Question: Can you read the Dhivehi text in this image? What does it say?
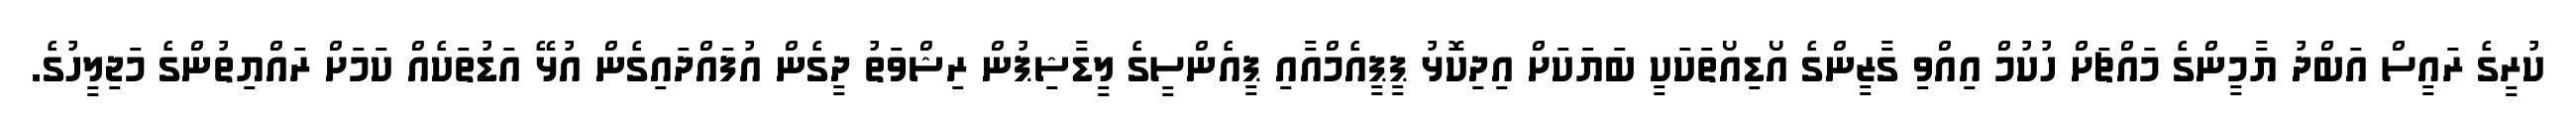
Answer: ކުރީގެ ރައީސް އަބްދު ޔާމީންގެ މައްޗަށް ހުކުމް އިއްވި ގާޒީންގެ އޯޑިއޯތަކަކީ ބަޔަކަށް އިދިކޮޅު ޕީޕީއެމްއާއި ޕީއެންސީގެ ލީޑާޝިޕުން ރިޝްވަތު ދީގެން އުފައްދައިގެން އުޅޭ އަޑުތަކެއް ކަމަށް ރައްޔިތުންގެ މަޖިލީހުގެ.